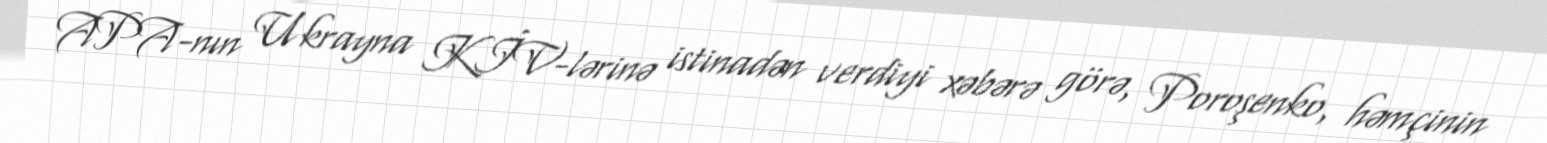
APA-nın Ukrayna KİV-lərinə istinadən verdiyi xəbərə görə, Poroşenko, həmçinin